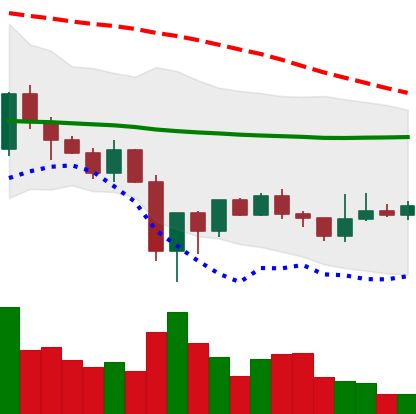
Ticker: LINK-USD
Chart end date: 2019-12-29
Forward return: -4.873%
Label: down_3_5